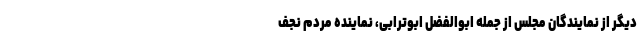
دیگر از نمایندگان مجلس از جمله ابوالفضل ابوترابی، نماینده مردم نجف